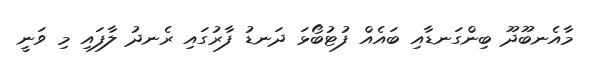
މާއެނބޫދޫ ބިންގަނޑާއި ބައެއް ފުޓުބޯޅަ ދަނޑު ފާރުގައި ރެނދު ލާފައި މި ވަނީ